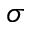
\sigma